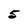
Character: 5